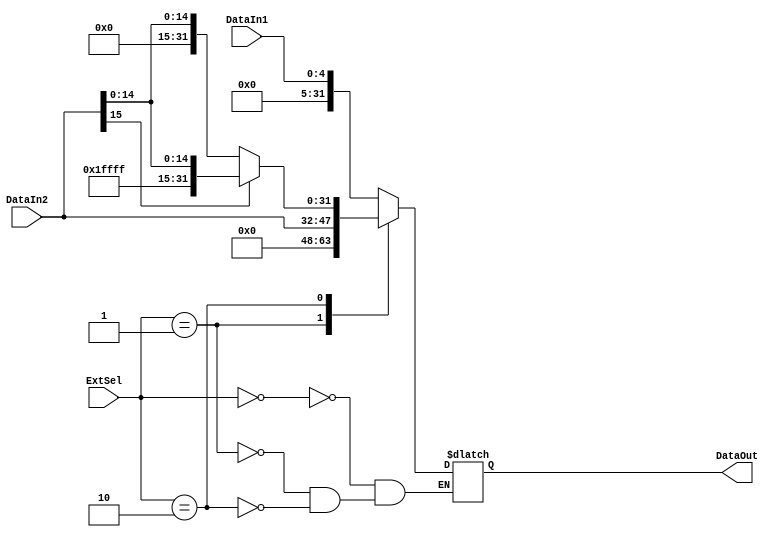
`timescale 1ns / 1ps

//
module Extend (DataIn1, DataIn2, DataOut, ExtSel);
	input [4:0] DataIn1;
	input [15:0] DataIn2;
	output reg [31:0] DataOut;
	input [1:0] ExtSel;
	
	always @(*) begin
		case (ExtSel)
			0: DataOut = {27'b000000000000000000000000000, DataIn1};
			1: DataOut = {16'h0000, DataIn2};
			2: DataOut = DataIn2[15] ? {16'hffff, DataIn2} : {16'h0000, DataIn2};
		endcase
	end
endmodule